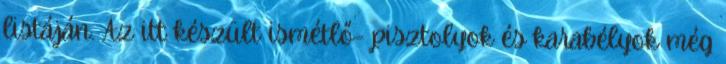
listáján. Az itt készült ismétlő- pisztolyok és karabélyok még